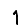
Digit: 1